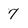
Character: 7